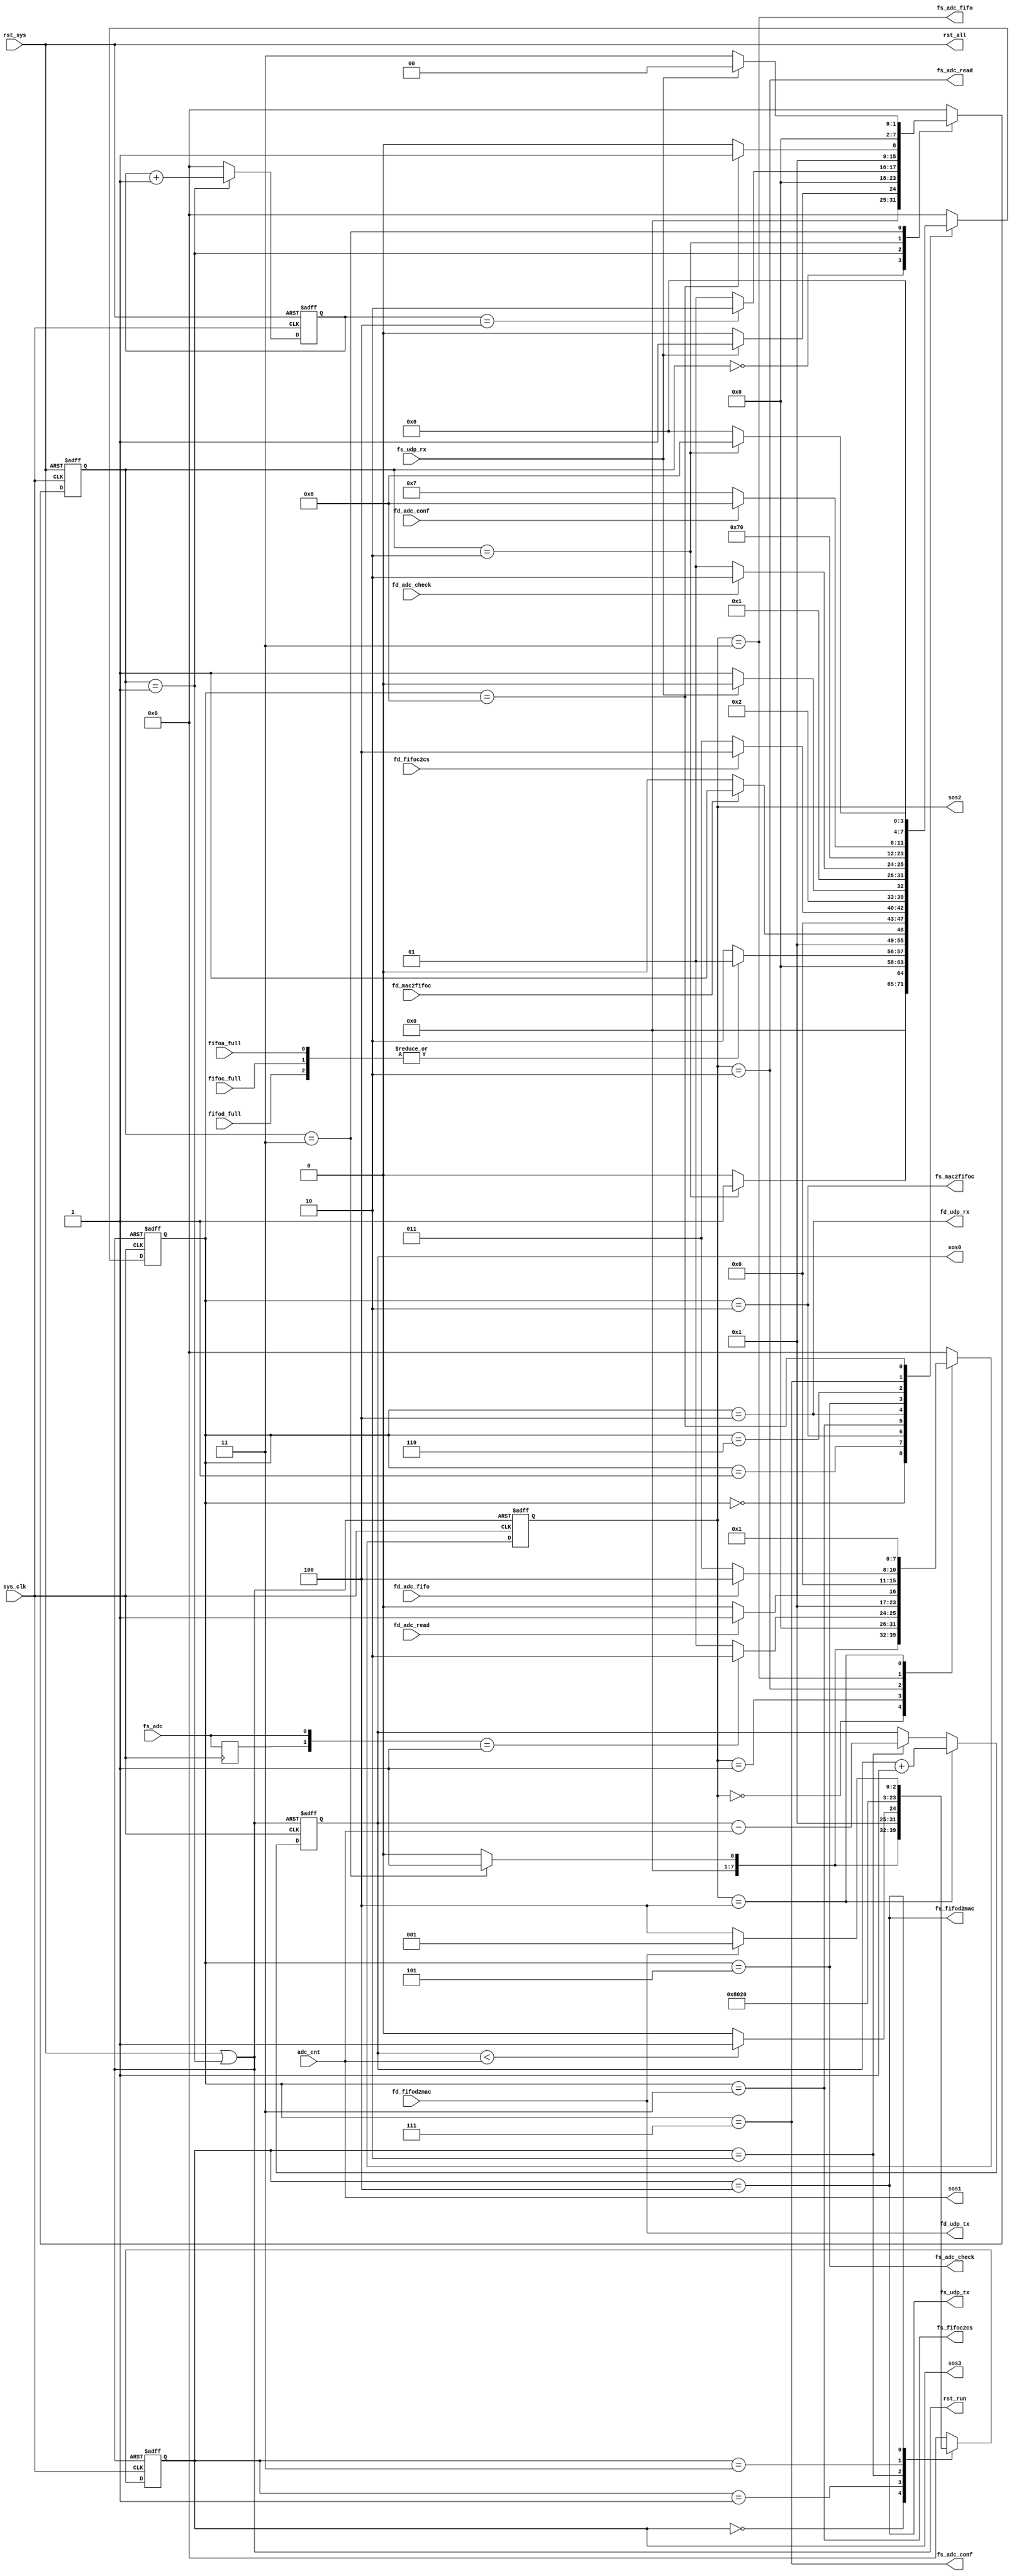
module cs_cmd(
    input sys_clk,

    input rst_sys,
    output rst_all,
    output rst_run,

    input fs_adc,
    input [7:0] adc_cnt,

    input fifoa_full,
    input fifoc_full,
    input fifod_full,

    output [7:0] sos0,
    output [7:0] sos1,
    output [7:0] sos2,
    output [7:0] sos3,

    input fs_udp_rx,
    output fs_mac2fifoc,
    output fs_fifoc2cs,
    output fd_udp_rx,
    input fd_mac2fifoc,
    input fd_fifoc2cs,

    output fs_udp_tx,
    output fs_fifod2mac,
    output fd_udp_tx,
    input fd_fifod2mac,

    output fs_adc_check,
    output fs_adc_conf,
    output fs_adc_read,
    output fs_adc_fifo,
    input fd_adc_check,
    input fd_adc_conf,
    input fd_adc_read,
    input fd_adc_fifo
);

    localparam MAIN_IDLE = 8'h00, MAIN_RESET = 8'h01, MAIN_INIT = 8'h02, MAIN_WORK = 8'h03;

    localparam INIT_IDLE = 8'h00, INIT_FFCK = 8'h01, INIT_UTOF = 8'h02, INIT_FTOC = 8'h03;
    localparam INIT_URXD = 8'h04, INIT_ADCK = 8'h05, INIT_INIT = 8'h06, INIT_CONF = 8'h07;
    localparam INIT_LAST = 8'h08;


    localparam ADC_IDLE = 8'h00, ADC_WAIT = 8'h01, ADC_READ = 8'h02, ADC_FIFO = 8'h03;
    localparam ADC_LAST = 8'h04;

    localparam ETH_IDLE = 8'h00, ETH_WAIT = 8'h01, ETH_CAL0 = 8'h02, ETH_CAL1 = 8'h03;
    localparam ETH_SEND = 8'h04;

    localparam CMD_NUM = 8'h04;

    // FIFO
    wire fifo_full;

    // CMD
    wire fs_init, fd_init;
    wire fs_work, fd_work;

    reg [7:0] main_state, next_main_state;
    reg [7:0] init_state, next_init_state;
    reg [7:0] adc_state, next_adc_state;
    reg [7:0] eth_state, next_eth_state;

    // 
    reg [7:0] adc_num;
    reg [7:0] cmd_num;
    reg prev_fs_adc;

    // TEST
    assign sos0 = adc_num;
    assign sos1 = adc_cnt;
    assign sos2 = adc_state;
    assign sos3 = eth_state;


    assign fs_init = (main_state == MAIN_INIT);
    assign fs_work = (main_state == MAIN_WORK);
    assign fd_init = (init_state == INIT_LAST);
    
    assign fs_mac2fifoc = (init_state == INIT_UTOF);
    assign fs_fifoc2cs = (init_state == INIT_FTOC);
    assign fd_udp_rx = (init_state == INIT_URXD);
    
    assign fs_adc_check = (init_state == INIT_ADCK);
    assign fs_adc_conf = (init_state == INIT_CONF);
    assign fs_adc_read = (adc_state == ADC_READ);
    assign fs_adc_fifo = (adc_state == ADC_FIFO);

    assign fs_fifod2mac = (eth_state == ETH_SEND);
    assign fs_udp_tx = fs_fifod2mac;
    assign fd_udp_tx = fd_fifod2mac;


    assign fifo_full = |{fifoa_full, fifoc_full, fifod_full};
    assign rst_all = rst_sys;
    assign rst_run = rst_sys || (main_state == MAIN_RESET);

    always @(posedge sys_clk or posedge rst_all) begin
        if(rst_all) main_state <= MAIN_IDLE;
        else main_state <= next_main_state;
    end

    always @(posedge sys_clk or posedge rst_run) begin
        if(rst_run) init_state <= INIT_IDLE;
        else init_state <= next_init_state;
    end

    always @(posedge sys_clk or posedge rst_run) begin
        if(rst_run) adc_state <= ADC_IDLE;
        else adc_state <= next_adc_state;
    end

    always @(posedge sys_clk or posedge rst_run) begin
        if(rst_run) eth_state <= ETH_IDLE;
        else eth_state <= next_eth_state;
    end

    always @(*) begin
        case(main_state)
            MAIN_IDLE: begin
                if(fs_udp_rx) next_main_state <= MAIN_RESET;
                else next_main_state <= MAIN_IDLE;
            end
            MAIN_RESET: begin
                if(cmd_num == CMD_NUM) next_main_state <= MAIN_INIT;
                else next_main_state <= MAIN_RESET;
            end
            MAIN_INIT: begin
                if(fd_init) next_main_state <= MAIN_WORK;
                else next_main_state <= MAIN_INIT;
            end
            MAIN_WORK: begin
                if(fs_udp_rx) next_main_state <= MAIN_IDLE;
                else next_main_state <= MAIN_WORK;
            end
            default: next_main_state <= MAIN_IDLE;
        endcase
    end

    always @(*) begin
        case(init_state)
            INIT_IDLE: begin
                if(fs_init) next_init_state <= INIT_FFCK;
                else next_init_state <= INIT_IDLE;
            end
            INIT_FFCK: begin
                if(~fifo_full) next_init_state <= INIT_UTOF;
                else next_init_state <= INIT_FFCK;
            end
            INIT_UTOF: begin
                if(fd_mac2fifoc) next_init_state <= INIT_FTOC;
                else next_init_state <= INIT_UTOF;
            end
            INIT_FTOC: begin
                if(fd_fifoc2cs) next_init_state <= INIT_URXD;
                else next_init_state <= INIT_FTOC;
            end
            INIT_URXD: begin
                if(~fs_udp_rx) next_init_state <= INIT_ADCK;
                else next_init_state <= INIT_URXD;
            end
            INIT_ADCK: begin
                if(fd_adc_check) next_init_state <= INIT_INIT;
                else next_init_state <= INIT_ADCK;
            end
            INIT_INIT: begin
                next_init_state <= INIT_CONF;
            end
            INIT_CONF: begin
                if(fd_adc_conf) next_init_state <= INIT_LAST;
                else next_init_state <= INIT_CONF;
            end
            INIT_LAST: begin
                if(~fs_init) next_init_state <= INIT_IDLE;
                else next_init_state <= INIT_LAST;
            end
            default: next_init_state <= INIT_IDLE;
        endcase
    end

    always @(*) begin
        case(adc_state)
            ADC_IDLE: begin
                if(fs_work) next_adc_state <= ADC_WAIT;
                else next_adc_state <= ADC_IDLE;
            end
            ADC_WAIT: begin
                if({prev_fs_adc, fs_adc} == 2'b01) next_adc_state <= ADC_READ; 
                else next_adc_state <= ADC_WAIT;
            end
            ADC_READ: begin
                if(fd_adc_read) next_adc_state <= ADC_FIFO;
                else next_adc_state <= ADC_READ;
            end
            ADC_FIFO: begin
                if(fd_adc_fifo) next_adc_state <= ADC_LAST;
                else next_adc_state <= ADC_FIFO;
            end
            ADC_LAST: begin
                next_adc_state <= ADC_WAIT;
            end
            default: next_adc_state <= ADC_IDLE;
        endcase
    end

    always @(*) begin
        case(eth_state)
            ETH_IDLE: begin
                if(fs_work) next_eth_state <= ETH_WAIT;
                else next_eth_state <= ETH_IDLE;
            end
            ETH_WAIT: begin
                if(adc_num < adc_cnt) next_eth_state <= ETH_CAL1;
                else next_eth_state <= ETH_CAL0;
            end
            ETH_CAL0: begin
                next_eth_state <= ETH_SEND;
            end
            ETH_CAL1: begin
                next_eth_state <= ETH_WAIT;
            end
            ETH_SEND: begin
                if(fd_fifod2mac) next_eth_state <= ETH_WAIT;
                else next_eth_state <= ETH_SEND; 
            end
            default: next_eth_state <= ETH_IDLE;
        endcase
    end


    always @(posedge sys_clk) begin
        prev_fs_adc <= fs_adc;
    end

    always @(posedge sys_clk or posedge rst_run) begin
        if(rst_run) adc_num <= 8'h00;
        else if(adc_state == ADC_LAST) adc_num <= adc_num + 1'b1;
        else if(eth_state == ETH_CAL0) adc_num <= adc_num - adc_cnt;
        else adc_num <= adc_num;
    end

    always @(posedge sys_clk or posedge rst_all) begin
        if(rst_all) cmd_num <= 8'h00;
        else if(main_state == MAIN_RESET) cmd_num <= cmd_num + 1'b1;
        else cmd_num <= 8'h00;
    end

endmodule